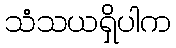
သံသယရှိပါက